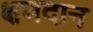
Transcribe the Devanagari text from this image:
क्षणदान